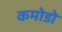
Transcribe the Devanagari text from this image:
कमोडो